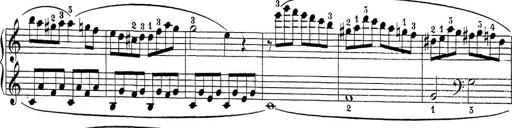
Title: Sonatina Album
Composer: Louis KÃ¶hler